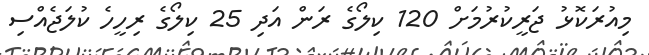
މިއުރަކޮޅު ޖަރީކުރުމަށް 120 ކިލޯގެ ރަން އަދި 25 ކިލޯގެ ރިހީހެ ކުލަޖެއްސި